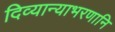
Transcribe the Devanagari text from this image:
दिव्यान्याभरणानि